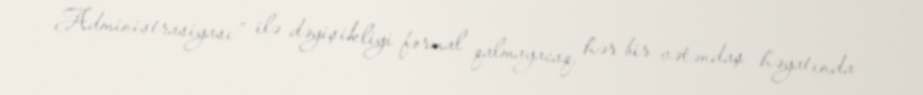
Administrasiyası” ilə dəyişikliyi formal qalmayacaq, hər bir vətəndaş həyatında